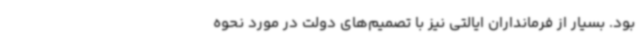
بود. بسیار از فرمانداران ایالتی نیز با تصمیم‌های دولت در مورد نحوه